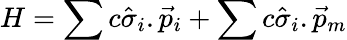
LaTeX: H=\sum c\hat{\sigma}_{i}.\vec{p}_{i}+\sum c\hat{\sigma}_{i}.\vec{p}_{m}